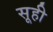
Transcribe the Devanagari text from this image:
सूही